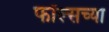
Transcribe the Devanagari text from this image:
फॉल्सच्या